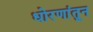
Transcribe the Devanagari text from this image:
धोरणांतून